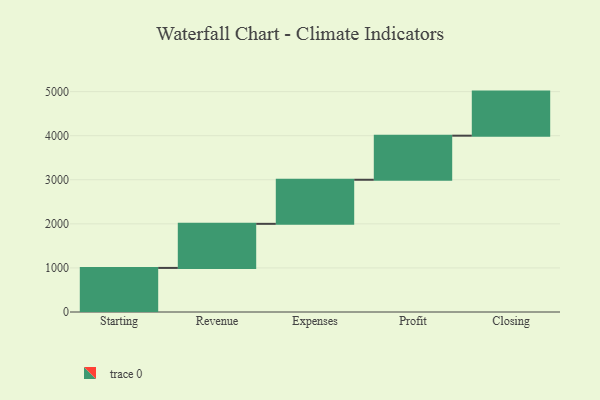
{"axis": {"x": "Step", "y": "Value"}, "legend": [""], "data": [{"x": "Starting", "y": 1000, "type": ""}, {"x": "Revenue", "y": 1000, "type": ""}, {"x": "Expenses", "y": 1000, "type": ""}, {"x": "Profit", "y": 1000, "type": ""}, {"x": "Closing", "y": 1000, "type": ""}]}